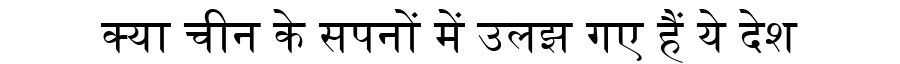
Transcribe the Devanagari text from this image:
क्या चीन के सपनों में उलझ गए हैं ये देश